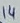
Text: 14